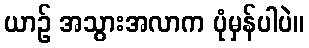
ယာဉ် အသွားအလာက ပုံမှန်ပါပဲ။